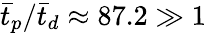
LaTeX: \bar{t}_{p}/\bar{t}_{d}\approx 87.2\gg 1